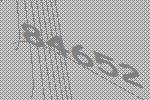
84652